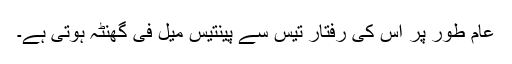
عام طور پر اس کی رفتار تیس سے پینتیس میل فی گھنٹہ ہوتی ہے۔